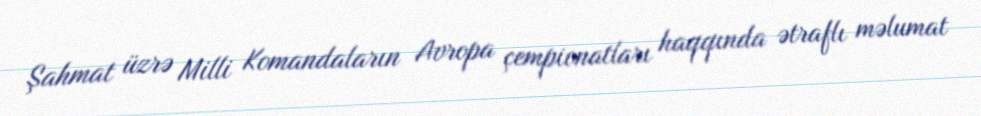
Şahmat üzrə Milli Komandaların Avropa çempionatları haqqında ətraflı məlumat